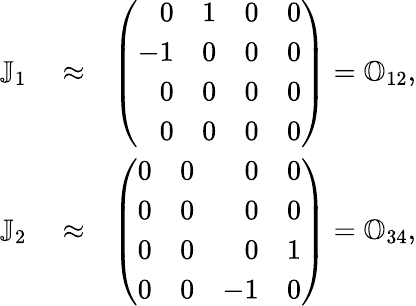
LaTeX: \begin{array}{rlr}{\mathbb J_{1}}&{{}\approx}&{\left(\begin{array}{rrrr}{0}&{1}&{0}&{0}\\ {-1}&{0}&{0}&{0}\\ {0}&{0}&{0}&{0}\\ {0}&{0}&{0}&{0}\end{array}\right)={\mathbb O}_{12},}\\ {\mathbb J_{2}}&{{}\approx}&{\left(\begin{array}{rrrr}{0}&{0}&{0}&{0}\\ {0}&{0}&{0}&{0}\\ {0}&{0}&{0}&{1}\\ {0}&{0}&{-1}&{0}\end{array}\right)={\mathbb O}_{34},}\end{array}